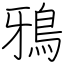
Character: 鴉